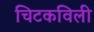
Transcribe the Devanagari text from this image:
चिटकविली